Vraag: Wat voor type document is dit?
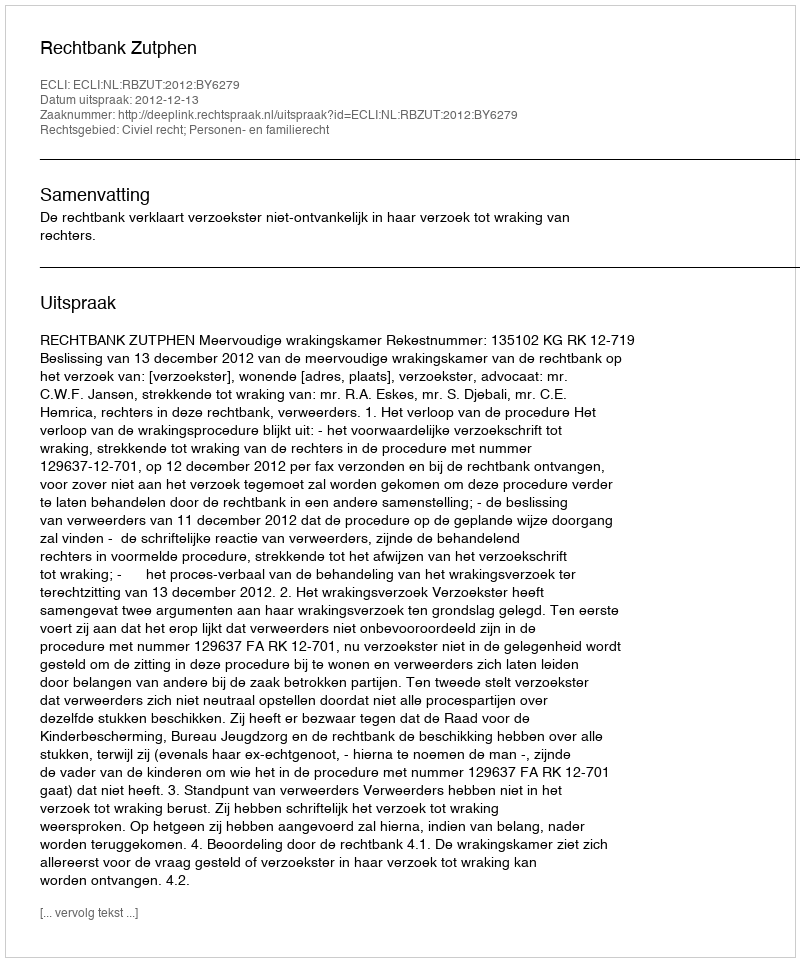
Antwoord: Uitspraak